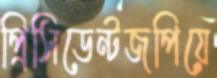
প্রিসিডেন্টজপিয়ে